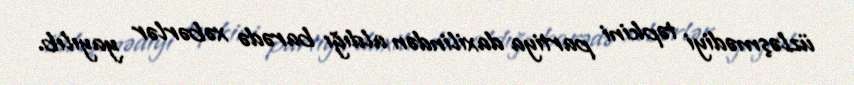
üzləşmədiyi təpkini partiya daxilindən aldığı barədə xəbərlər yayılıb.